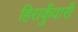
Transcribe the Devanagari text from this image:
हिराकुँवारी